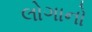
લોગાનો